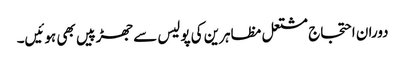
دوران احتجاج مشتعل مظاہرین کی پولیس سے جھڑپیں بھی ہوئیں۔